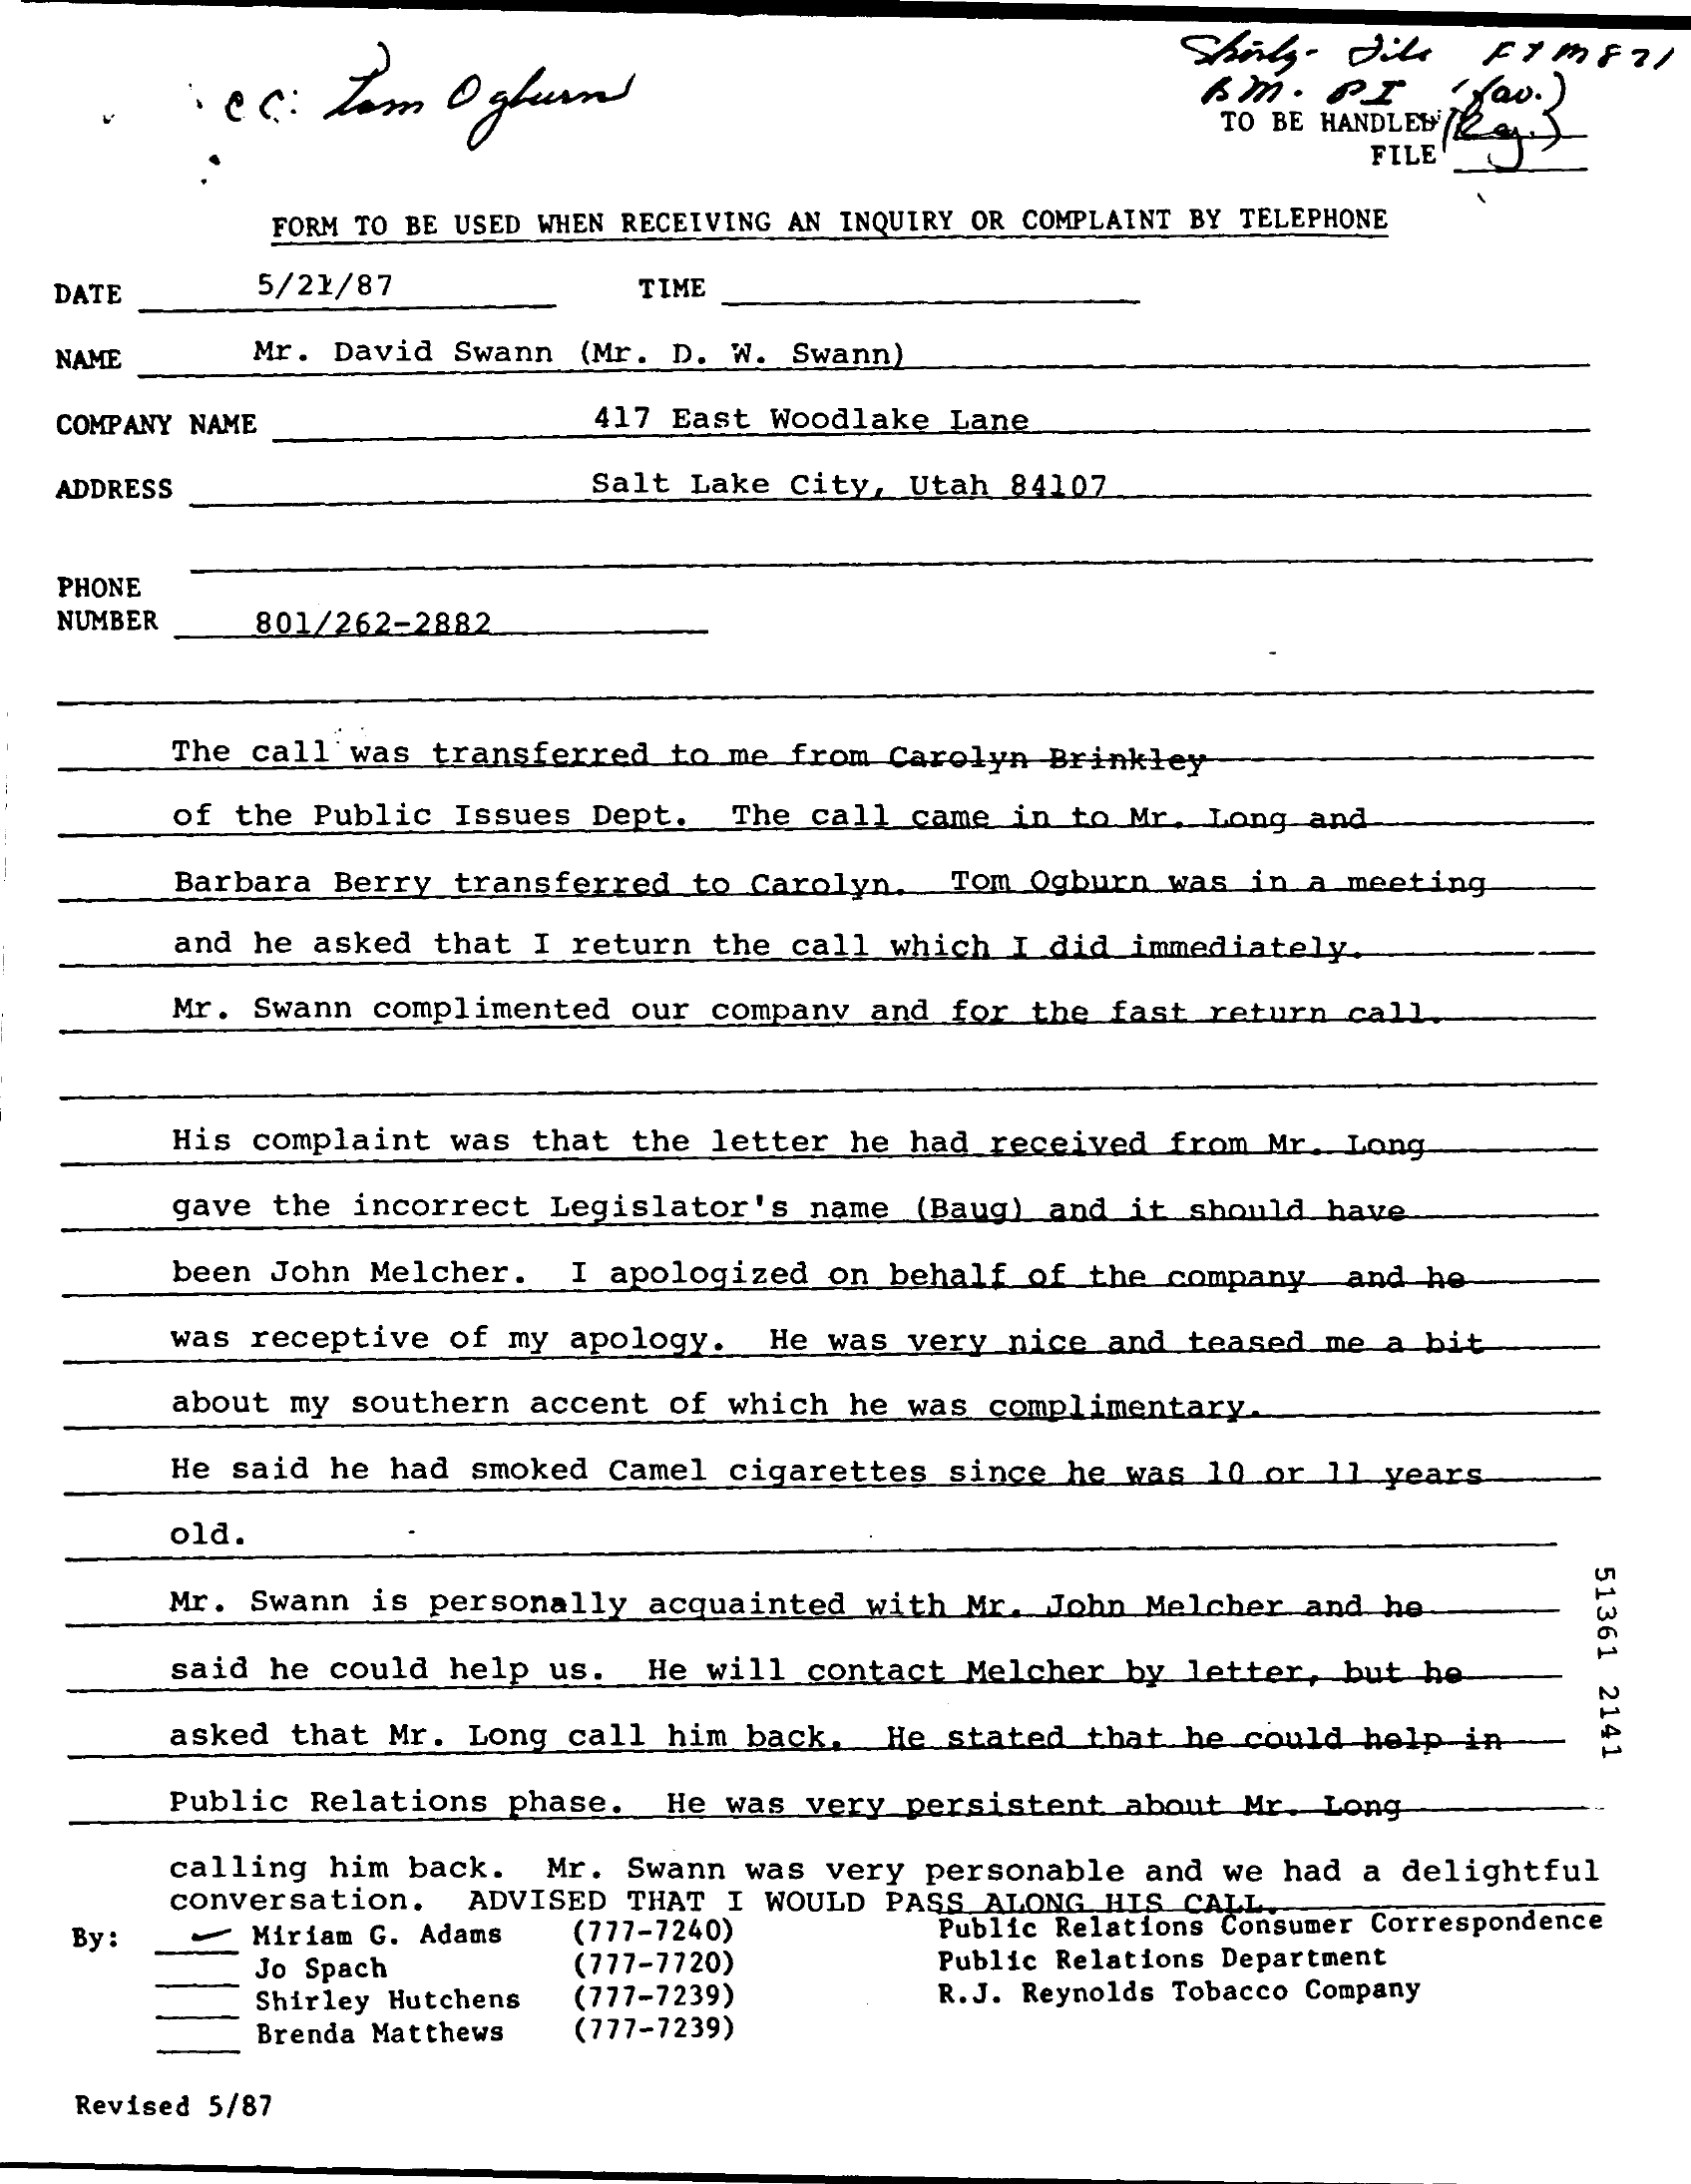
Cc: tom  Oglun    BM . PT
     TO BE HANDLED 24
     FILE'
     FORM TO BE USED WHEN RECEIVING AN INQUIRY OR COMPLAINT BY TELEPHONE
   DATE    5/21/87    TIME
   NAME    Mr. David Swann (Mr. D. W. Swann)
   COMPANY NAME    417 East Woodlake Lane
   ADDRESS    Salt Lake City, Utah 84107
   PHONE
   NUMBER  801/262-2882
     The call was transferred to me from Carolyn Brinkley
     of the Public Issues Dept. The call came in to Mr. Long and
     Barbara Berry transferred to Carolyn. Tom Ogburn was in a meeting
     and he asked that I return the call which I did immediately.
     Mr. Swann complimented our company and for the fast return call,
     His complaint was that the letter he had received from Mr. Long
     gave the incorrect Legislator's name (Baug) and it should have
     been John Melcher. I apologized on behalf of the company and he
     was receptive of my apology. He was very nice and teased me a bit
     about my southern accent of which he was complimentary.
     He said he had smoked Camel cigarettes since he was 10 or 11 years
     old.
     51361
     2141
     Mr. Swann is personally acquainted with Mr. John Melcher and he
     said he could help us. He will contact Melcher by letter, but he-
     asked that Mr. Long call him back, He stated that he could help in-
     Public Relations phase. He was very persistent about Mr. Long
     calling him back. Mr. Swann was very personable and we had a delightful
     conversation. ADVISED THAT I WOULD PASS ALONG HIS CALL
   By:    Miriam G. Adams (777-7240)
     (777-7720)
     Public Relations Consumer Correspondence
     Jo Spach    Public Relations Department
     Shirley Hutchens (777-7239) R.J. Reynolds Tobacco Company
     Brenda Matthews (777-7239)
   Revised 5/87